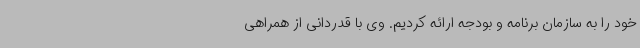
خود را به سازمان برنامه و بودجه ارائه کردیم. وی با قدردانی از همراهی